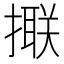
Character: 𢵑